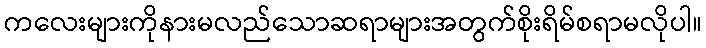
ကလေးများကိုနားမလည်သောဆရာများအတွက်စိုးရိမ်စရာမလိုပါ။